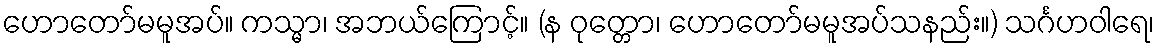
ဟောတော်မမူအပ်။ ကသ္မာ၊ အဘယ်ကြောင့်။ (န ဝုတ္တော၊ ဟောတော်မမူအပ်သနည်း။) သင်္ဂဟဝါရေ၊